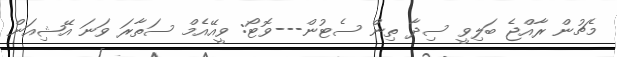
މެޗުން ރާއްޖެ ބަލިވީ ސިދާ ތިން ސެޓުން---ވޮޓޯ: ވީއޭއެމް ސަތާރަ ވަނަ އޭޝިއަން